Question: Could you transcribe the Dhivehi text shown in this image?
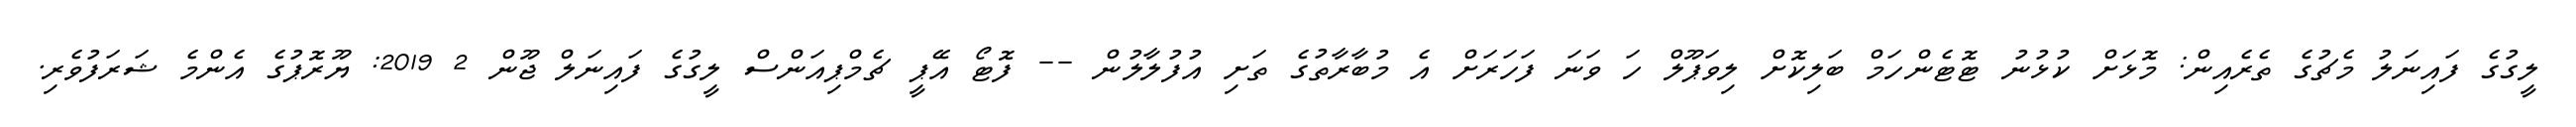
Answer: ލީގުގެ ފައިނަލު މެޗުގެ ތެރެއިން: މޮޅަށް ކުޅުނު ޓޮޓެންހަމް ބަލިކޮށް ލިވަޕޫލް ހަ ވަނަ ފަހަރަށް އެ މުބާރާތުގެ ތަށި އުފުލާލުން -- ފޮޓޯ އޭޕީ ޗެމްޕިއަންސް ލީގުގެ ފައިނަލް ޖޫން 2 2019: ޔޫރޮޕުގެ އެންމެ ޝަރަފުވެރި.